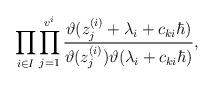
LaTeX: \begin{align*}\prod_{i\in I} \prod_{j=1}^{v^i} \frac{\vartheta(z^{(i)}_j+\lambda_i+c_{ki}\hbar)}{\vartheta(z^{(i)}_j)\vartheta(\lambda_i+c_{ki}\hbar)}, \end{align*}